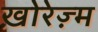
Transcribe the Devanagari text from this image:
ख़ोरेज़्म